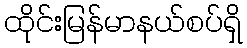
ထိုင်းမြန်မာနယ်စပ်ရှိ